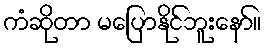
ကံဆိုတာ မပြောနိုင်ဘူးနော်။